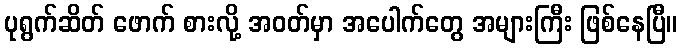
ပုရွက်ဆိတ် ဖောက် စားလို့ အဝတ်မှာ အပေါက်တွေ အများကြီး ဖြစ်နေပြီ။